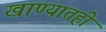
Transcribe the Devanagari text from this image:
खाण्यातही